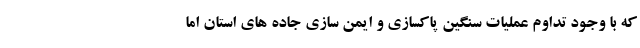
که با وجود تداوم عملیات سنگین پاکسازی و ایمن سازی جاده های استان اما